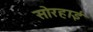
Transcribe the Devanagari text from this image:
सोरहाई